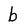
Character: b